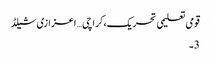
قومی تعلیمی تحریک،کراچی… اعزازی شیلڈ
3۔